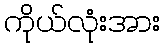
ကိုယ်လုံးအား